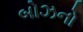
બોઝનો